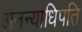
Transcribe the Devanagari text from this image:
अनन्याधिपति